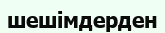
шешімдерден